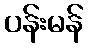
ပန်းမန်